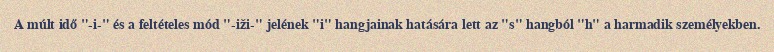
A múlt idő "-i-" és a feltételes mód "-iži-" jelének "i" hangjainak hatására lett az "s" hangból "h" a harmadik személyekben.